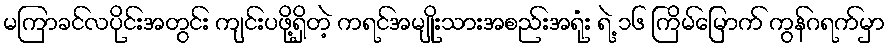
မကြာခင်လပိုင်းအတွင်း ကျင်းပဖို့ရှိတဲ့ ကရင်အမျိုးသားအစည်းအရုံး ရဲ့ ၁၆ ကြိမ်မြောက် ကွန်ဂရက်မှာ